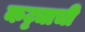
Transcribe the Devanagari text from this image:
कट्ट्याची